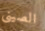
الصينى